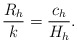
\begin{align*}\frac{R_h}{k}=\frac{c_h}{H_h}.\end{align*}